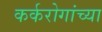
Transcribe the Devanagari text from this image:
कर्करोगांच्या